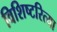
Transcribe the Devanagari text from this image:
विशिष्टरित्या